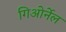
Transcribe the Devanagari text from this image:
गिओर्नेल